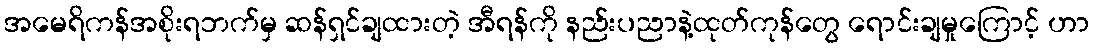
အမေရိကန်အစိုးရဘက်မှ ဆန်ရှင်ချထားတဲ့ အီရန်ကို နည်းပညာနဲ့ထုတ်ကုန်တွေ ရောင်းချမှုကြောင့် ဟာ